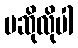
မဆိုလိုပါ